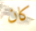
كان